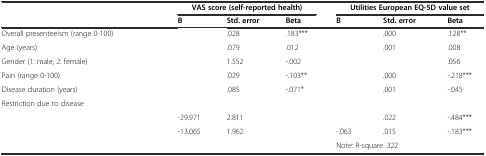
<table><thead><tr><td colspan="2">[EMPTY_CELL]</td><td colspan="3"><b>VAS score (self-reported health)</b></td><td colspan="3"><b>Utilities European EQ-5D value set</b></td></tr><tr><td colspan="2">[EMPTY_CELL]</td><td><b>B</b></td><td><b>Std. error</b></td><td><b>Beta</b></td><td><b>B</b></td><td><b>Std. error</b></td><td><b>Beta</b></td></tr></thead><tbody><tr><td colspan="2">Overall presenteeism (range 0-100)</td><td>[EMPTY_CELL]</td><td>.028</td><td>.183***</td><td>[EMPTY_CELL]</td><td>.000</td><td>.128**</td></tr><tr><td colspan="2">Age (years)</td><td>[EMPTY_CELL]</td><td>.079</td><td>.012</td><td>[EMPTY_CELL]</td><td>.001</td><td>.008</td></tr><tr><td colspan="2">Gender (1: male, 2: female)</td><td>[EMPTY_CELL]</td><td>1.552</td><td>-.002</td><td>[EMPTY_CELL]</td><td>[EMPTY_CELL]</td><td>.056</td></tr><tr><td colspan="2">Pain (range 0-100)</td><td>[EMPTY_CELL]</td><td>.029</td><td>-.103**</td><td>[EMPTY_CELL]</td><td>.000</td><td>-.218***</td></tr><tr><td colspan="2">Disease duration (years)</td><td>[EMPTY_CELL]</td><td>.085</td><td>-.071*</td><td>[EMPTY_CELL]</td><td>.001</td><td>-.045</td></tr><tr><td colspan="2">Restriction due to disease</td><td>[EMPTY_CELL]</td><td>[EMPTY_CELL]</td><td>[EMPTY_CELL]</td><td>[EMPTY_CELL]</td><td>[EMPTY_CELL]</td><td>[EMPTY_CELL]</td></tr><tr><td>[EMPTY_CELL]</td><td>[EMPTY_CELL]</td><td>-29.971</td><td>2.811</td><td>[EMPTY_CELL]</td><td>[EMPTY_CELL]</td><td>.022</td><td>-.484***</td></tr><tr><td>[EMPTY_CELL]</td><td>[EMPTY_CELL]</td><td>-13.065</td><td>1.962</td><td>[EMPTY_CELL]</td><td>-.063</td><td>.015</td><td>-.183***</td></tr><tr><td colspan="2">[EMPTY_CELL]</td><td colspan="3">[EMPTY_CELL]</td><td colspan="3">Note: R-square .322</td></tr></tbody></table>